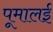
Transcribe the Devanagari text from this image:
पूमालई